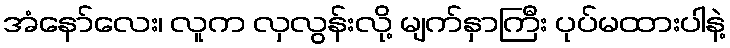
အံနော်လေး၊ လူက လှလွန်းလို့ မျက်နှာကြီး ပုပ်မထားပါနဲ့